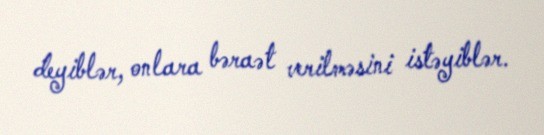
deyiblər, onlara bəraət verilməsini istəyiblər.